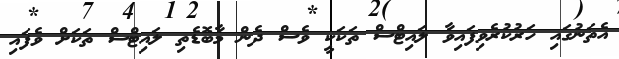
އެތަނުގައި ހަރުުކުރެވިފައިވާ ލައިޓްސް ތަކަކީ ވެސް ދެން މާބޮޑެތި ލައިޓްސް ތަކަށް ވެފައި